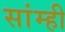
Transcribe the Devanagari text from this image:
सांम्ही